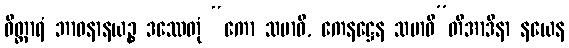
ဝိတ္ထာရံ ဘာဝနာနယဉ္စ ဒဿေတုံ “ကော သမာဓိ, ကေနဋ္ဌေန သမာဓီ”တိအာဒိနာ နယေန